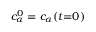
c _ { \alpha } ^ { 0 } = c _ { \alpha } ( t { = } 0 )